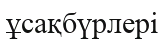
ұсақбүрлері